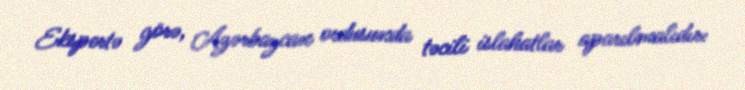
Ekspertə görə, Azərbaycan ordusunda təcili islahatlar aparılmalıdır: